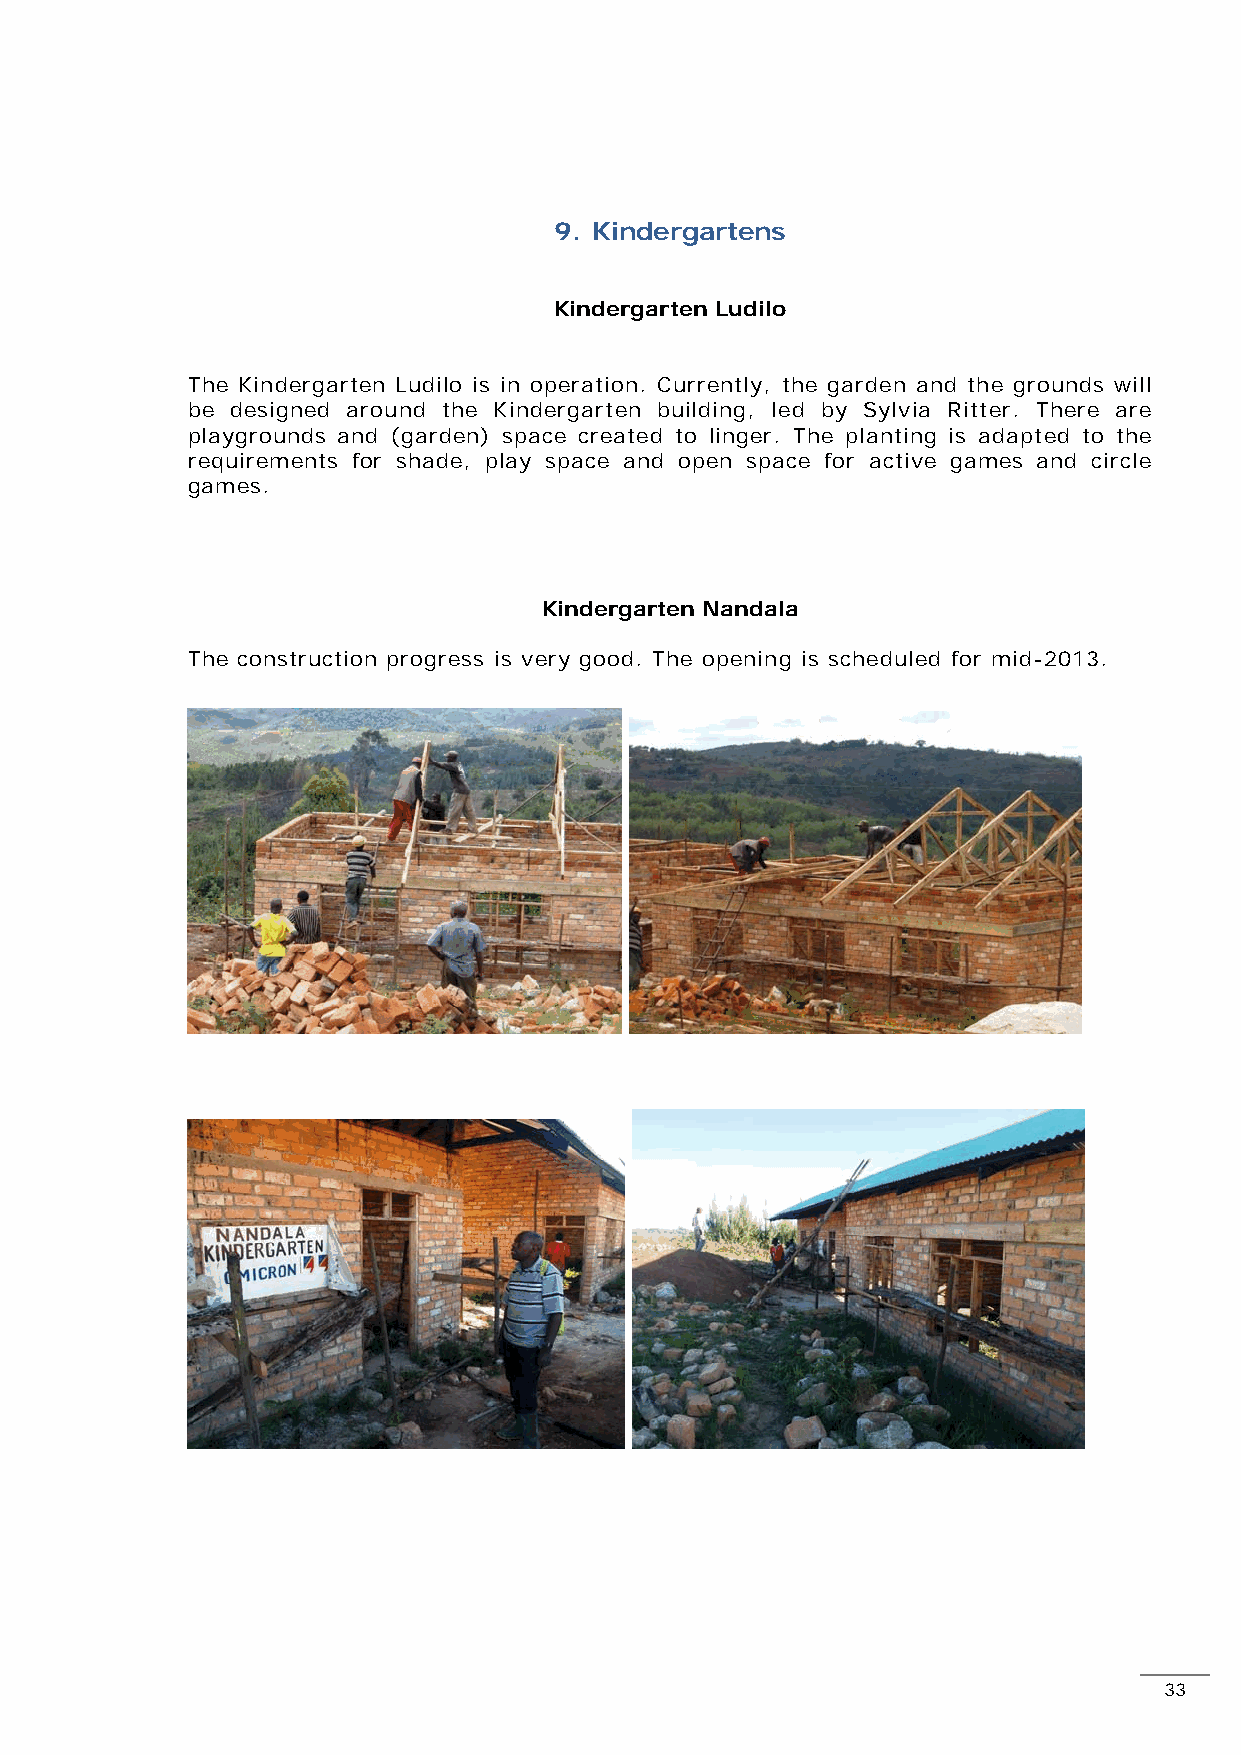
9. Kindergartens
 Kindergarten Ludilo
 The Kindergarten Ludilo is in operation. Currently, the garden and the grounds will
 be designed around the Kindergarten building, led by Sylvia Ritter. There are
 playgrounds and (garden) space created to linger. The planting is adapted to the
 requirements for shade, play space and open space for active games and circle
 games.
 Kindergarten Nandala
 The construction progress is very good. The opening is scheduled for mid-2013.
 33